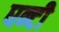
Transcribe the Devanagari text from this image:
घन्टी